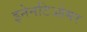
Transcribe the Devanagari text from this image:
इनेनटिओमर